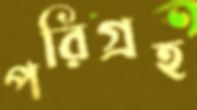
পরিগ্রহ